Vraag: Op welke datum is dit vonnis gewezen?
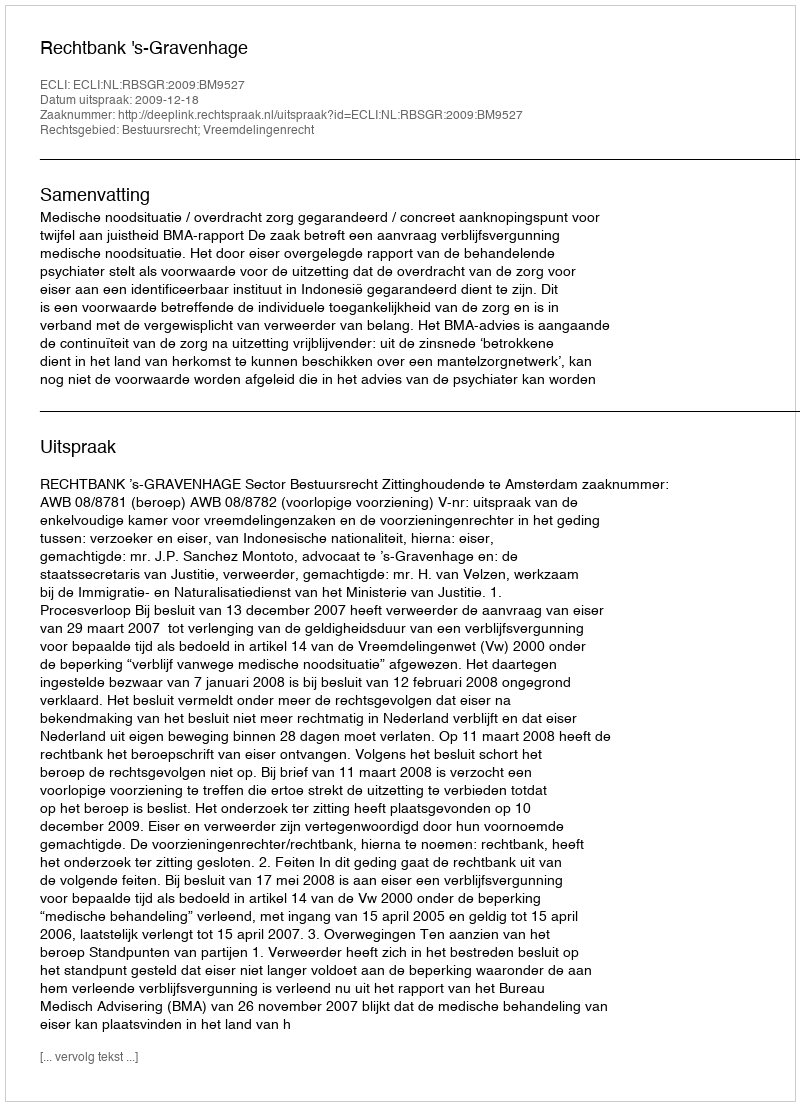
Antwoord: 2009-12-18